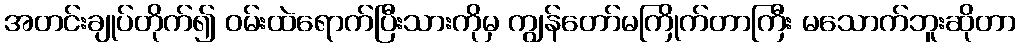
အတင်းချုပ်တိုက်၍ ဝမ်းထဲရောက်ပြီးသားကိုမှ ကျွန်တော်မကြိုက်တာကြီး မသောက်ဘူးဆိုတာ